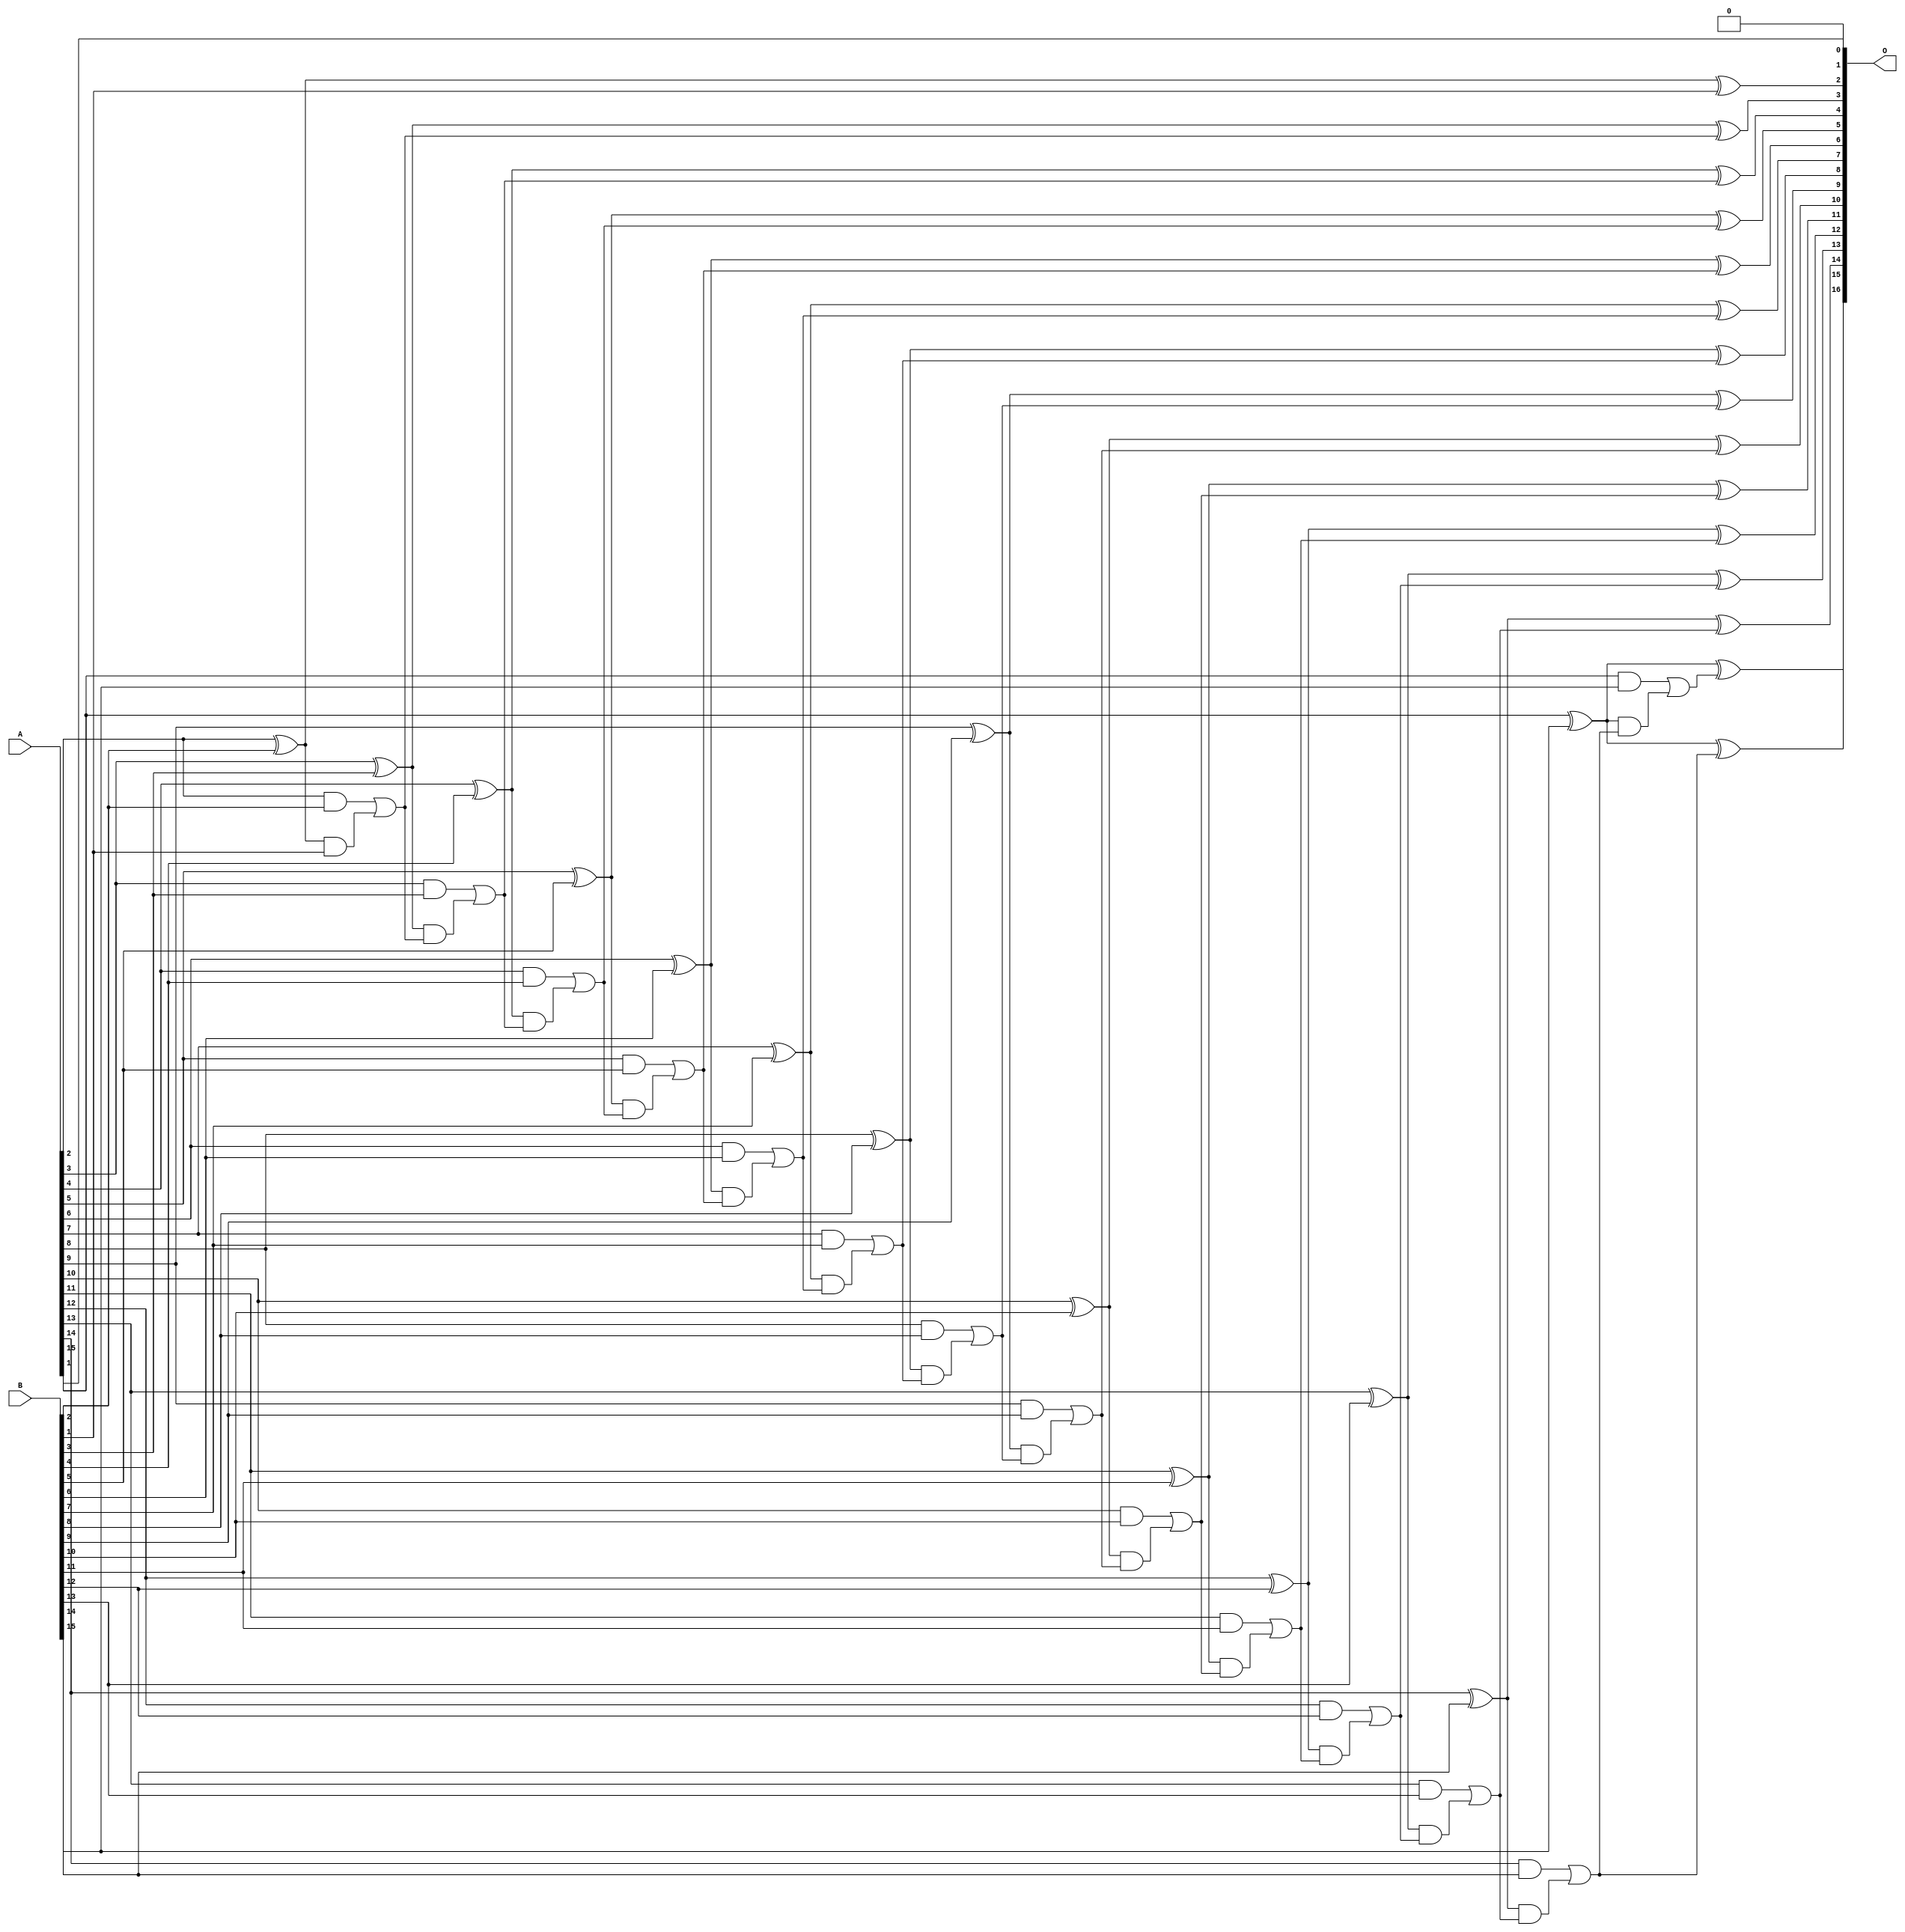
/***
* This code is a part of EvoApproxLib library (ehw.fit.vutbr.cz/approxlib) distributed under The MIT License.
* When used, please cite the following article(s): V. Mrazek, L. Sekanina, Z. Vasicek "Libraries of Approximate Circuits: Automated Design and Application in CNN Accelerators" IEEE Journal on Emerging and Selected Topics in Circuits and Systems, Vol 10, No 4, 2020 
* This file contains a circuit from a sub-set of pareto optimal circuits with respect to the pwr and wce parameters
***/
// MAE% = 0.0015 %
// MAE = 1.0 
// WCE% = 0.0031 %
// WCE = 2.0 
// WCRE% = 100.00 %
// EP% = 75.00 %
// MRE% = 0.033 %
// MSE = 1.5 
// PDK45_PWR = 0.066 mW
// PDK45_AREA = 129.1 um2
// PDK45_DELAY = 1.17 ns

module add16se_2U6 (
    A,
    B,
    O
);

input [15:0] A;
input [15:0] B;
output [16:0] O;

wire sig_39,sig_40,sig_41,sig_42,sig_43,sig_44,sig_45,sig_46,sig_47,sig_48,sig_49,sig_50,sig_51,sig_52,sig_53,sig_54,sig_55,sig_56,sig_57,sig_58;
wire sig_59,sig_60,sig_61,sig_62,sig_63,sig_64,sig_65,sig_66,sig_67,sig_68,sig_69,sig_70,sig_71,sig_72,sig_73,sig_74,sig_75,sig_76,sig_77,sig_78;
wire sig_79,sig_80,sig_81,sig_82,sig_83,sig_84,sig_85,sig_86,sig_87,sig_88,sig_89,sig_90,sig_91,sig_92,sig_93,sig_94,sig_95,sig_96,sig_97,sig_98;
wire sig_99,sig_100,sig_101,sig_102,sig_103,sig_104,sig_105,sig_106,sig_107,sig_108,sig_109,sig_110;

assign sig_39 = A[2] ^ B[2];
assign sig_40 = A[2] & B[2];
assign sig_41 = sig_39 & B[1];
assign sig_42 = sig_39 ^ B[1];
assign sig_43 = sig_40 | sig_41;
assign sig_44 = A[3] ^ B[3];
assign sig_45 = A[3] & B[3];
assign sig_46 = sig_44 & sig_43;
assign sig_47 = sig_44 ^ sig_43;
assign sig_48 = sig_45 | sig_46;
assign sig_49 = A[4] ^ B[4];
assign sig_50 = A[4] & B[4];
assign sig_51 = sig_49 & sig_48;
assign sig_52 = sig_49 ^ sig_48;
assign sig_53 = sig_50 | sig_51;
assign sig_54 = A[5] ^ B[5];
assign sig_55 = A[5] & B[5];
assign sig_56 = sig_54 & sig_53;
assign sig_57 = sig_54 ^ sig_53;
assign sig_58 = sig_55 | sig_56;
assign sig_59 = A[6] ^ B[6];
assign sig_60 = A[6] & B[6];
assign sig_61 = sig_59 & sig_58;
assign sig_62 = sig_59 ^ sig_58;
assign sig_63 = sig_60 | sig_61;
assign sig_64 = A[7] ^ B[7];
assign sig_65 = A[7] & B[7];
assign sig_66 = sig_64 & sig_63;
assign sig_67 = sig_64 ^ sig_63;
assign sig_68 = sig_65 | sig_66;
assign sig_69 = A[8] ^ B[8];
assign sig_70 = A[8] & B[8];
assign sig_71 = sig_69 & sig_68;
assign sig_72 = sig_69 ^ sig_68;
assign sig_73 = sig_70 | sig_71;
assign sig_74 = A[9] ^ B[9];
assign sig_75 = A[9] & B[9];
assign sig_76 = sig_74 & sig_73;
assign sig_77 = sig_74 ^ sig_73;
assign sig_78 = sig_75 | sig_76;
assign sig_79 = A[10] ^ B[10];
assign sig_80 = A[10] & B[10];
assign sig_81 = sig_79 & sig_78;
assign sig_82 = sig_79 ^ sig_78;
assign sig_83 = sig_80 | sig_81;
assign sig_84 = A[11] ^ B[11];
assign sig_85 = A[11] & B[11];
assign sig_86 = sig_84 & sig_83;
assign sig_87 = sig_84 ^ sig_83;
assign sig_88 = sig_85 | sig_86;
assign sig_89 = A[12] ^ B[12];
assign sig_90 = A[12] & B[12];
assign sig_91 = sig_89 & sig_88;
assign sig_92 = sig_89 ^ sig_88;
assign sig_93 = sig_90 | sig_91;
assign sig_94 = A[13] ^ B[13];
assign sig_95 = A[13] & B[13];
assign sig_96 = sig_94 & sig_93;
assign sig_97 = sig_94 ^ sig_93;
assign sig_98 = sig_95 | sig_96;
assign sig_99 = A[14] ^ B[14];
assign sig_100 = A[14] & B[14];
assign sig_101 = sig_99 & sig_98;
assign sig_102 = sig_99 ^ sig_98;
assign sig_103 = sig_100 | sig_101;
assign sig_104 = A[15] ^ B[15];
assign sig_105 = A[15] & B[15];
assign sig_106 = sig_104 & sig_103;
assign sig_107 = sig_104 ^ sig_103;
assign sig_108 = sig_105 | sig_106;
assign sig_109 = A[15] ^ B[15];
assign sig_110 = sig_109 ^ sig_108;

assign O[16] = sig_110;
assign O[15] = sig_107;
assign O[14] = sig_102;
assign O[13] = sig_97;
assign O[12] = sig_92;
assign O[11] = sig_87;
assign O[10] = sig_82;
assign O[9] = sig_77;
assign O[8] = sig_72;
assign O[7] = sig_67;
assign O[6] = sig_62;
assign O[5] = sig_57;
assign O[4] = sig_52;
assign O[3] = sig_47;
assign O[2] = sig_42;
assign O[1] = A[1];
assign O[0] = 1'b0;

endmodule